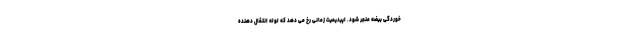
خوردگی بیضه منجر شود. اپیدیمیت زمانی رخ می دهد که لوله انتقال دهنده